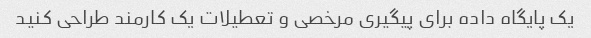
یک پایگاه داده برای پیگیری مرخصی و تعطیلات یک کارمند طراحی کنید